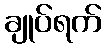
ချုပ်ရက်